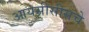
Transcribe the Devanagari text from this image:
आयसीसीसचे